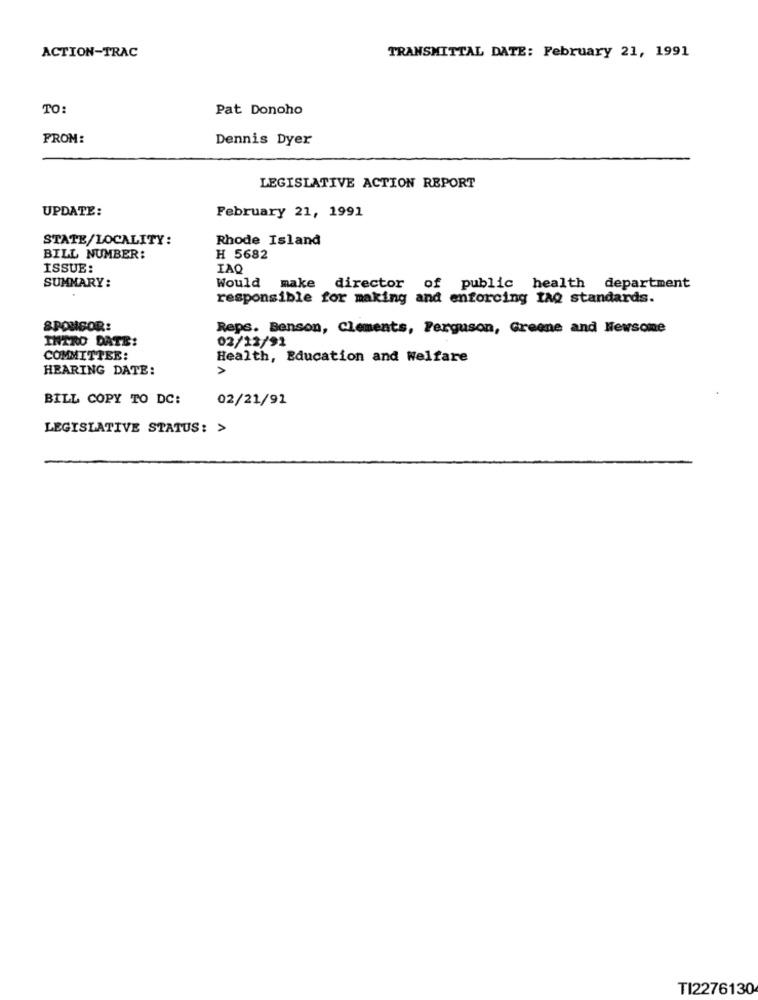
ACTION-TRAC
TRANSMITTAL DATE: February 21, 1991
TO:
Pat Donoho
FROM:
Dennis Dyer
LEGISLATIVE ACTION REPORT
UPDATE:
February 21, 1991
STATE/LOCALITY:
Rhode Island
BILL NUMBER:
H 5682
ISSUE:
IAQ
Would
SUMMARY:
make director of public health department
responsible for making and enforcing IAQ standards.
SPONSOR:
Reps. Benson, Clements, Ferguson, Greene and Newsone
INTRO DATE:
02/12/91
COMMITTEE:
Health, Education and Welfare
HEARING DATE:
>
BILL COPY TO DC:
02/21/91
LEGISLATIVE STATUS: >
TI2276130